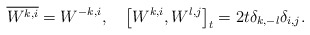
\begin{align*} \overline{W^{k, i}} = W^{-k, i}, \quad\big[W^{k, i}, W^{l, j} \big]_{t}= 2t \delta_{k, -l} \delta_{i, j} .\end{align*}